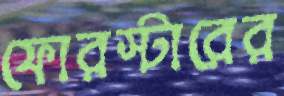
ফোরস্টারের